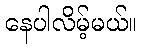
နေပါလိမ့်မယ်။